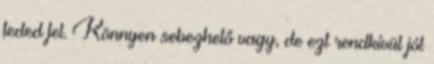
feded fel. Könnyen sebezhető vagy, de ezt rendkívül jól